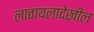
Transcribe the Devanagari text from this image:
लावायलादेखील